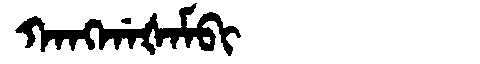
Manchu: ᡴᠠᠩᡤᠠᡧᠠᠮᠪᡳ
Romanization: KANGGAŠAMBI